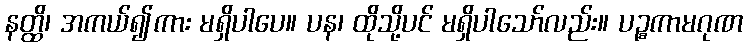
နတ္ထိ၊ အကယ်၍ကား မရှိပါပေ။ ပန၊ ထိုသို့ပင် မရှိပါသော်လည်း။ ပဉ္စကာမဂုဏ